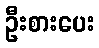
ဦးစားပေး